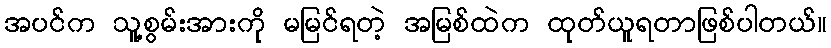
အပင်က သူ့စွမ်းအားကို မမြင်ရတဲ့ အမြစ်ထဲက ထုတ်ယူရတာဖြစ်ပါတယ်။